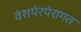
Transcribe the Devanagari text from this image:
वंशपंरपंरागत